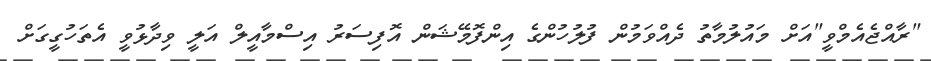
"ރާއްޖެއެމްވީ"އަށް މައުލުމާތު ދެއްވަމުން ފުުލުހުންގެ އިންފޮމޭޝަން އޮފިސަރު އިސްމާއީލް އަލީ ވިދާޅުވީ އެތަހުގީގަށް